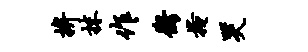
拚抹作衡掩哭